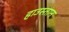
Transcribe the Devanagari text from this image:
हाउस्तान